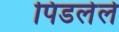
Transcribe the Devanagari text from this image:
पिडलेले